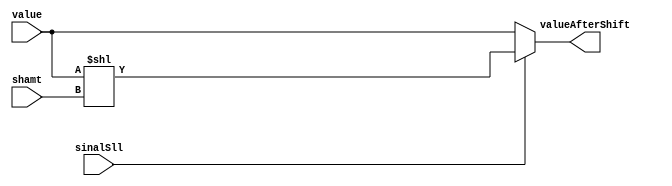
module ShiftLeftModule(value, shamt, sinalSll, valueAfterShift);

input [31:0] value;
input [4:0] shamt;
input [0:0] sinalSll;
output [31:0] valueAfterShift;

wire [31:0] value;
wire [4:0] shamt;
wire [0:0] sinalSll;
wire [31:0] valueAfterShift;


assign valueAfterShift [31:0] = sinalSll==1? (value<<shamt) : value;
//reg [27:0] valueAfterShift;

endmodule